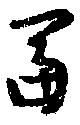
冨